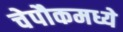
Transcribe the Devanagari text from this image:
चेपौकमध्ये